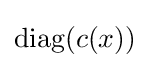
\operatorname {diag} (c(x))